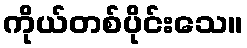
ကိုယ်တစ်ပိုင်းသေ။